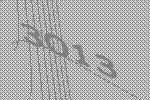
3013